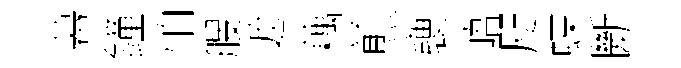
幕鐘怕艘遮藕煎褏峿咫蝶㫁